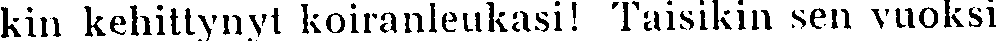
kin kehittynyt koiranleukasi! Taisikin sen vuoksi